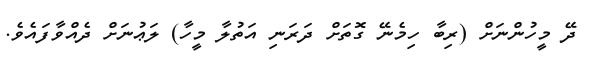
ދޭ މީހުންނަށް (ރިބާ ހިމެނޭ ގޮތަށް ދަރަނި އަތުލާ މީހާ) ލަޢުނަށް ދެއްވާފައެވެ.